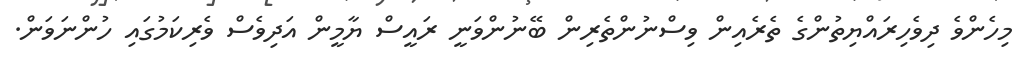
މިހެންވެ ދިވެހިރައްޔިތުންގެ ތެރެއިން ވިސްނުންތެރިން ބޭނުންވަނީ ރައީސް ޔާމީން އަދިވެސް ވެރިކަމުގައި ހުންނަވަން.